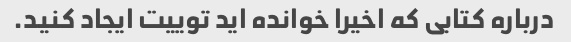
درباره کتابی که اخیرا خوانده اید توییت ایجاد کنید.